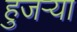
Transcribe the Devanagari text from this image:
हुजऱ्या